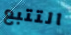
التتبع